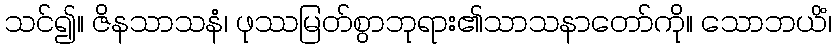
သင်၍။ ဇိနသာသနံ၊ ဖုဿမြတ်စွာဘုရား၏သာသနာတော်ကို။ သောဘယိံ၊